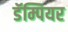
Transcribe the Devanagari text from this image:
डॅम्पियर